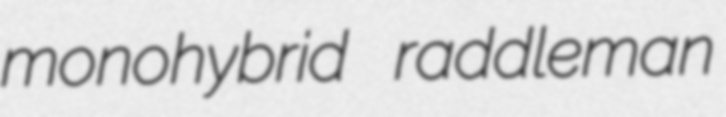
monohybrid raddleman